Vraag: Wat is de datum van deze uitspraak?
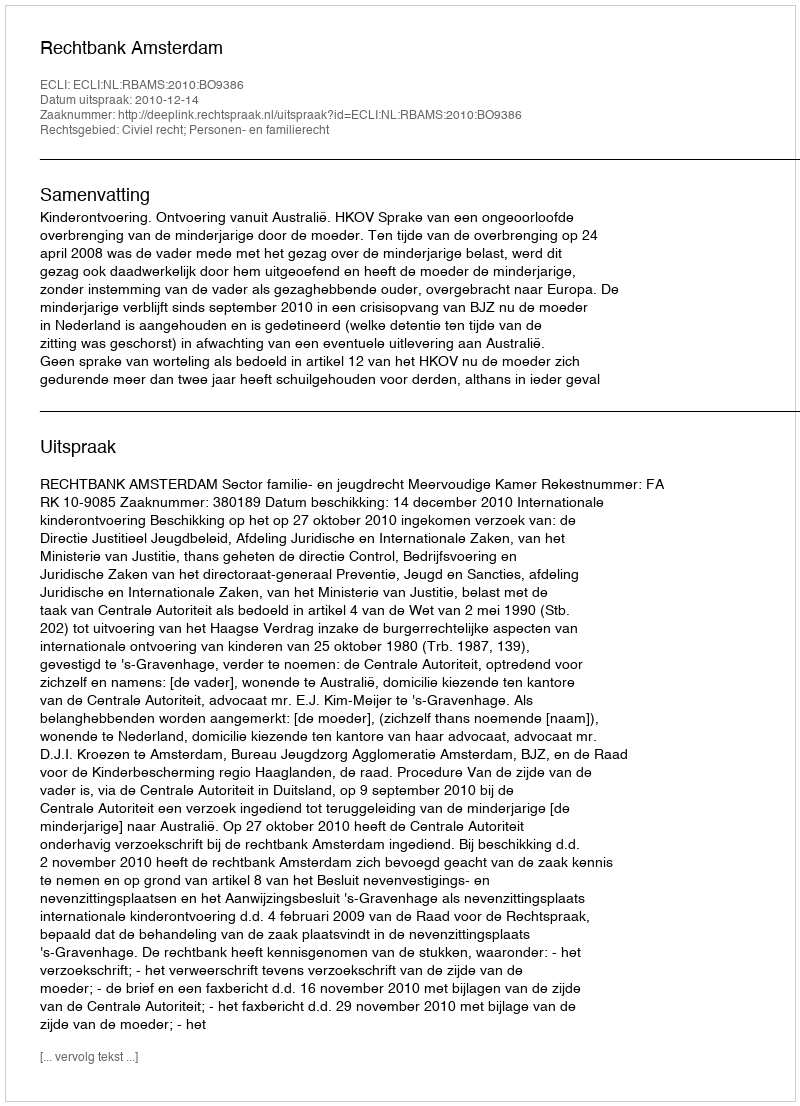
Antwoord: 2010-12-14